Vaccination report Assam 1874-1896 - 1874-1896
Year: 1874
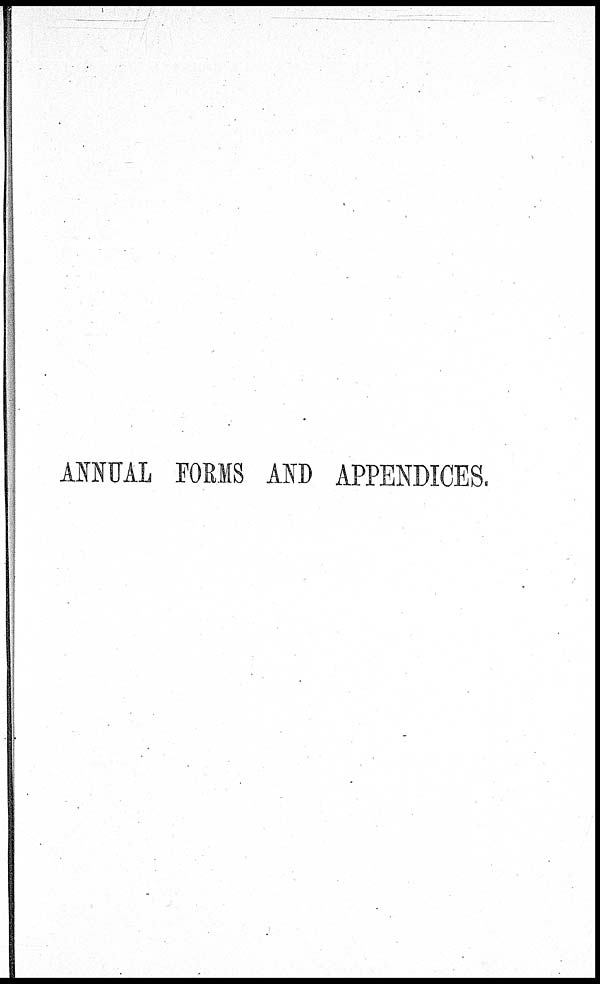
ANNUAL FORMS AND APPENDICES.